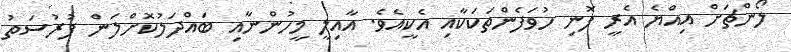
ލޯންޗަށް އިއްޔެ އެރީ ފޮނި ހުވަފެންތަކަކާއި އެކީއެވެ. އާއިލީ މީހުންނާއި ބައްދަލުކޮށްލަން ފުރުސަތު